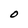
Character: O